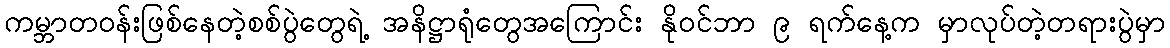
ကမ္ဘာတဝန်းဖြစ်နေတဲ့စစ်ပွဲတွေရဲ့ အနိဋ္ဌာရုံတွေအကြောင်း နိုဝင်ဘာ ၉ ရက်နေ့က မှာလုပ်တဲ့တရားပွဲမှာ